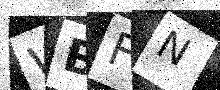
Text: WBFN